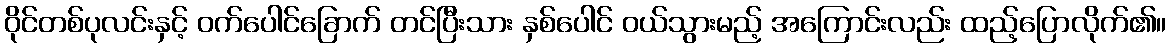
ဝိုင်တစ်ပုလင်းနှင့် ဝက်ပေါင်ခြောက် တင်ပြီးသား နှစ်ပေါင် ဝယ်သွားမည့် အကြောင်းလည်း ထည့်ပြောလိုက်၏။